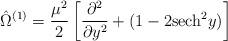
LaTeX: \begin{align*}\hat{\Omega}^{(1)} = \frac{\mu^2}{2}\left[\frac{\partial^2}{\partial y^2}+(1-2{\rm sech}^2 y)\right]\end{align*}